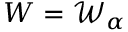
W = { \small { \mathscr W } } _ { \alpha }